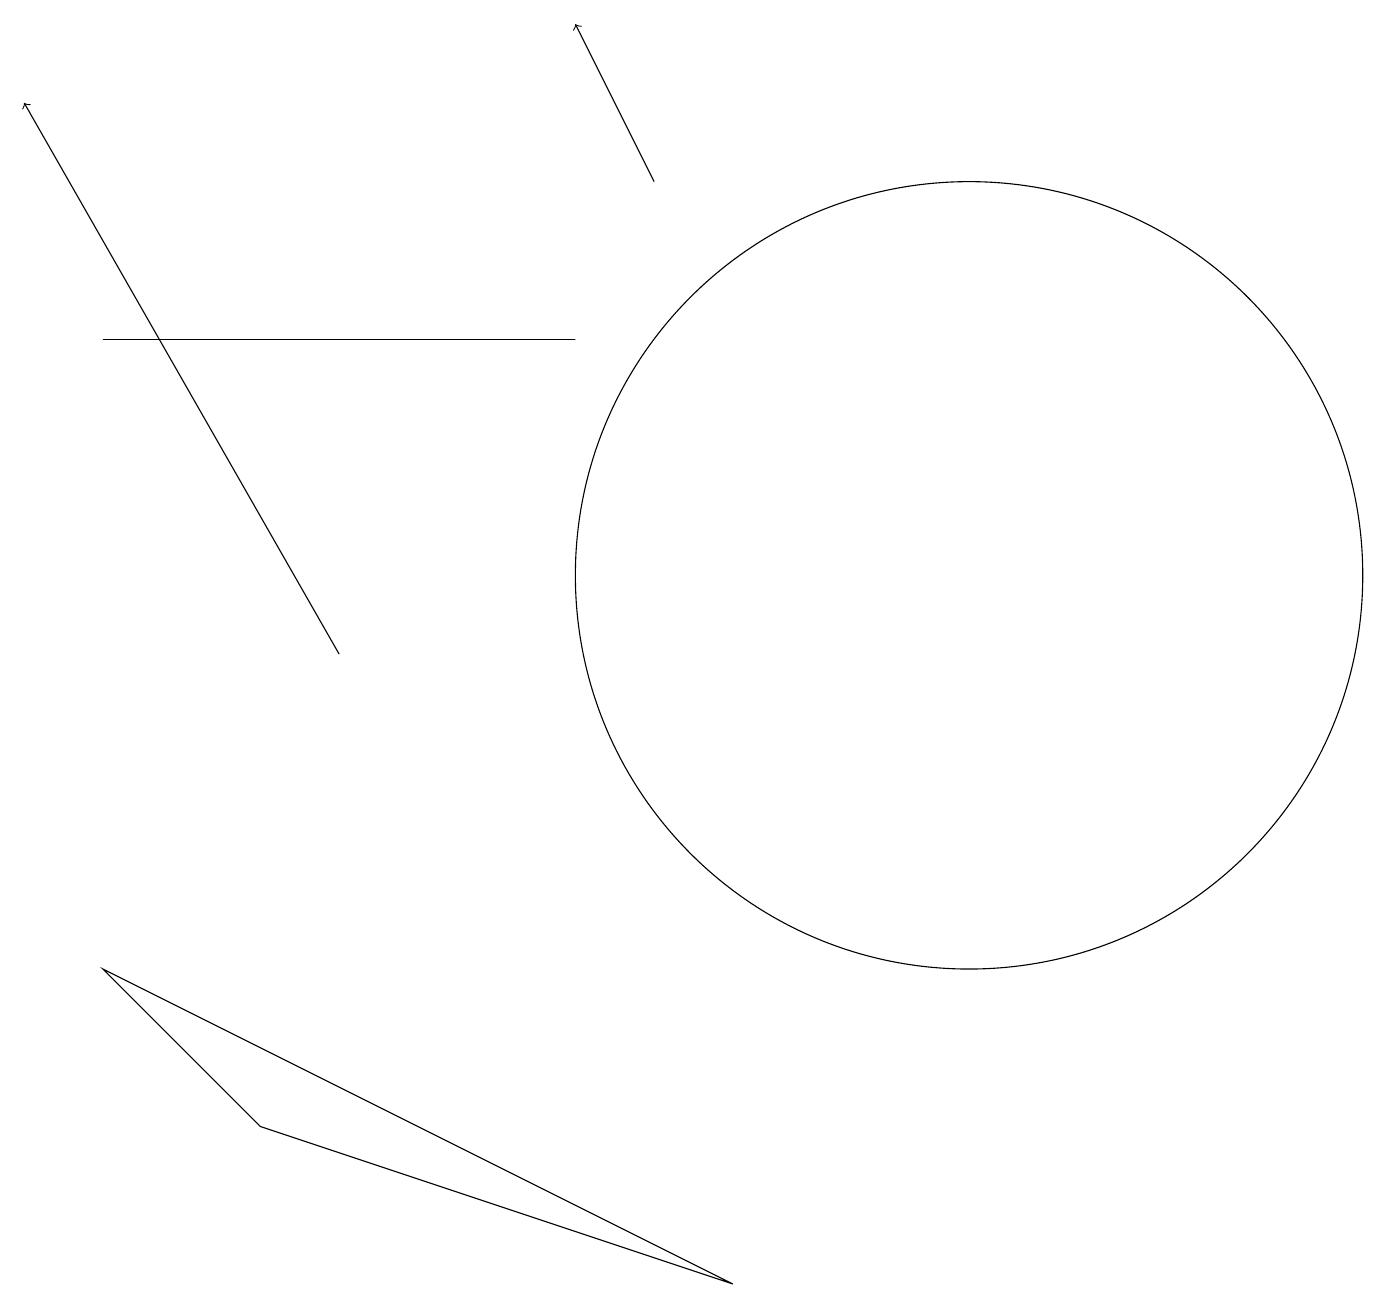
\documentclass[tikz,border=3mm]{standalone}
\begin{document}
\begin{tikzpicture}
\draw (7,15) rectangle (1,15);
\draw[->] (8,17) -- (7,19);
\draw (3,5) -- (1,7) -- (9,3) -- cycle;
\draw[->] (4,11) -- (0,18);
\draw (12,12) circle (5);
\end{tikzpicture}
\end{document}